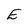
Character: E